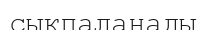
сықпаланады